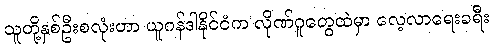
သူတို့နှစ်ဦးစလုံးဟာ ယူဂန်ဒါနိုင်ငံက လိုဏ်ဂူတွေထဲမှာ လေ့လာရေးခရီး